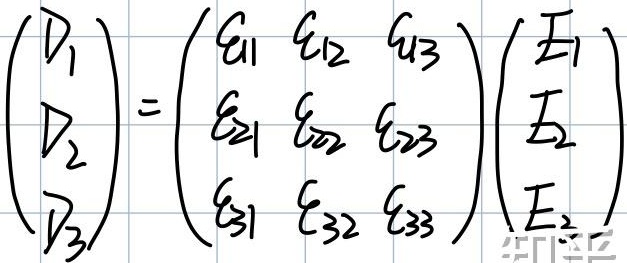
\[
\begin{pmatrix}
D_{1} \\
D_{2} \\
D_{3}
\end{pmatrix}=
\begin{pmatrix}
\epsilon_{11} & \epsilon_{12} & \epsilon_{13} \\
\epsilon_{21} & \epsilon_{22} & \epsilon_{23} \\
\epsilon_{31} & \epsilon_{32} & \epsilon_{33}
\end{pmatrix}
\begin{pmatrix}
E_{1} \\
E_{2} \\
E_{3}
\end{pmatrix}
\]